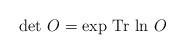
LaTeX: \begin{align*}\det\,O=\exp\,{\rm Tr}\,\ln\,O\end{align*}